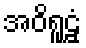
အဝိရူဠှံ